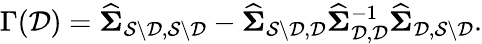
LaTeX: \Gamma(\mathcal{D})=\widehat{{\boldsymbol\Sigma}}_{\mathcal{S}\setminus\mathcal{D},\mathcal{S}\setminus\mathcal{D}}-\widehat{{\boldsymbol\Sigma}}_{\mathcal{S}\setminus\mathcal{D},\mathcal{D}}\widehat{{\boldsymbol\Sigma}}_{\mathcal{D},\mathcal{D}}^{-1}\widehat{{\boldsymbol\Sigma}}_{\mathcal{D},\mathcal{S}\setminus\mathcal{D}}.